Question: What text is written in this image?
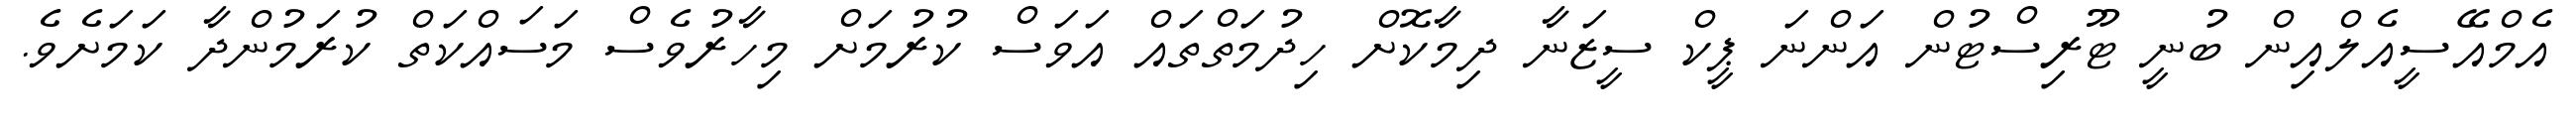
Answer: އެމްއޭސީއެލްއިން ބުނީ ޓޫރިސްޓުން އަންނަ ޕީކް ސީޒަނާ ދިމާކޮށް ހިދުމަތްތައް އަވަސް ކުރުމަށް މިހާރުވެސް މަސައްކަތް ކުރަމުންދާ ކަމަށެވެ.